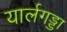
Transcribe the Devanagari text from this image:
यार्लगड्डा